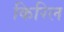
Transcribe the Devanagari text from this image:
किरिल